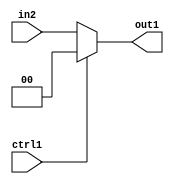
`timescale 1ps / 1ps
/*****************************************************************************
    Verilog RTL Description
    
    
    Created by: Stratus DpOpt 21.05.01 
*******************************************************************************/

module dut_N_Mux_2_2_46_1 (
	in2,
	ctrl1,
	out1
	); /* architecture "behavioural" */ 
input [1:0] in2;
input  ctrl1;
output [1:0] out1;
wire [1:0] asc001;

reg [1:0] asc001_tmp_0;
assign asc001 = asc001_tmp_0;
always @ (ctrl1 or in2) begin
	case (ctrl1)
		1'B1 : asc001_tmp_0 = 2'B00 ;
		default : asc001_tmp_0 = in2 ;
	endcase
end

assign out1 = asc001;
endmodule

/* CADENCE  uLPzTwE= : u9/ySxbfrwZIxEzHVQQV8Q== ** DO NOT EDIT THIS LINE ******/